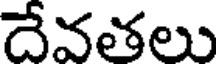
దేవతలు